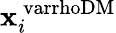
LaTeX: \mathbf{x}_{i}^{\mathrm{\ varrhoDM}}